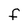
Character: F